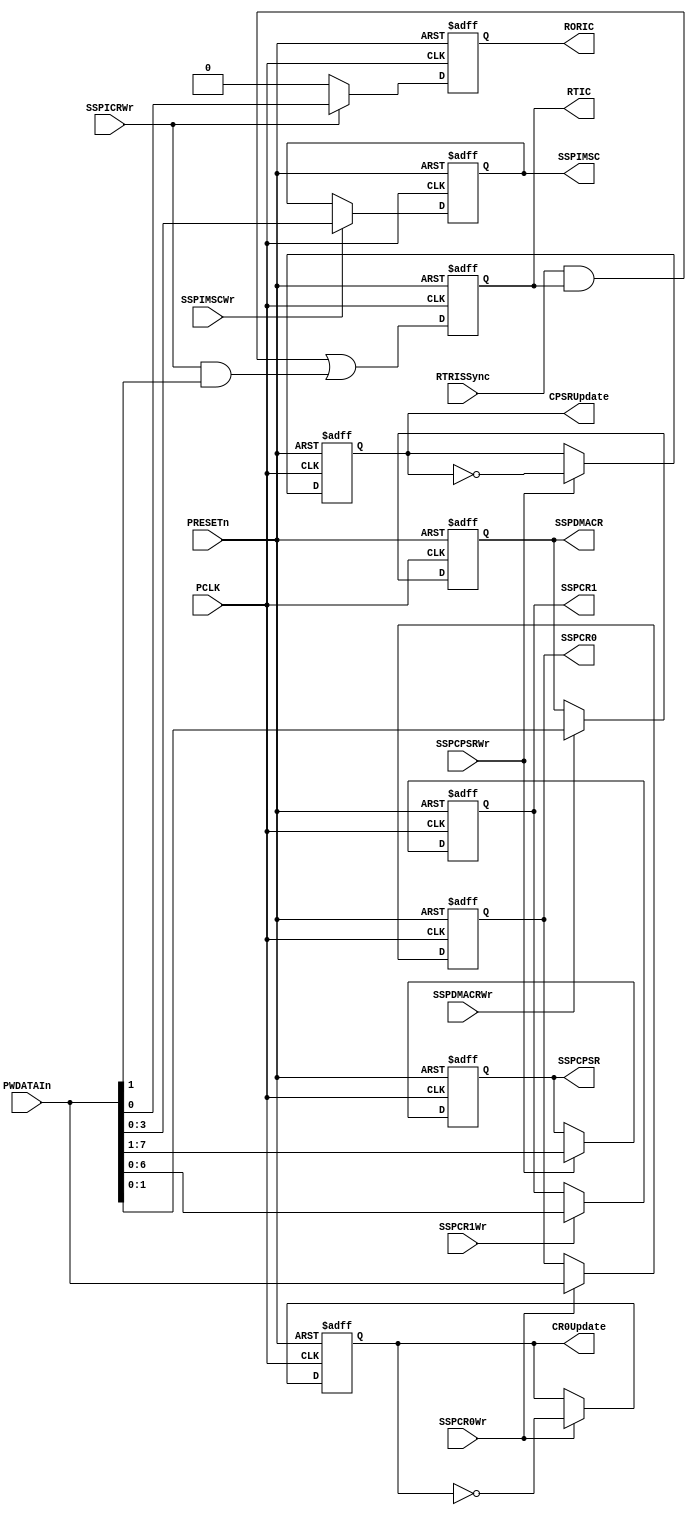
//-----------------------------------------------------------------------------
// The confidential and proprietary information contained in this file may
// only be used by a person authorised under and to the extent permitted
// by a subsisting licensing agreement from ARM Limited.
//
//            (C) COPYRIGHT 2007-2008 ARM Limited.
//                ALL RIGHTS RESERVED
//
// This entire notice must be reproduced on all copies of this file
// and copies of this file may only be made by a person if such person is
// permitted to do so under the terms of a subsisting license agreement
// from ARM Limited.
//  ----------------------------------------------------------------------------
//
//  Version and Release Control Information:
//
//  File Revision          : 20351
//
//  Release Information    : r1p3-00rel1
//
// -----------------------------------------------------------------------------

// -----------------------------------------------------------------------------

// Purpose      : This block contains the normal mode registers in the SSP

// --=========================================================================--

`timescale 1ns/1ps

//  ----------------------------------------------------------------------------

module SspRegCore (
// Inputs
                   PCLK,
                   PRESETn,
                   PWDATAIn,
                   SSPCR0Wr,
                   SSPCR1Wr,
                   SSPCPSRWr,
                   SSPIMSCWr,
                   SSPICRWr,
                   SSPDMACRWr,
                   RTRISSync,
// Outputs
                   SSPCR0,
                   SSPCR1,
                   SSPCPSR,
                   SSPIMSC,
                   SSPDMACR,
                   RTIC,
                   RORIC,
                   CR0Update,
                   CPSRUpdate
                  );

// Inputs
input         PCLK;       // APB bus clock
input         PRESETn;    // Muxed reset (from BPRESETn)
input  [15:0] PWDATAIn;   // Int PWDATA
input         SSPCR0Wr;   // Write enable for SSPCR0
input         SSPCR1Wr;   // Write enable for SSPCR1
input         SSPCPSRWr;  // Write enable for SSPCPSR
input         SSPIMSCWr;  // Write enable for SSPIMSC
input         SSPICRWr;   // Write enable for SSPIC
input         SSPDMACRWr; // Write enable for SSPDMACR
input         RTRISSync;  // Rx Time Out Raw Interrupt Status

//Outputs
output [15:0] SSPCR0;     // 1st buffer
output  [6:0] SSPCR1;     // SSPCR1
output  [7:1] SSPCPSR;    // 1st buffer
output  [3:0] SSPIMSC;    // SSPIMSC
output  [1:0] SSPDMACR;   // SSPDMACR
output        RTIC;       // Rx Time Out Interrupt Clear
output        RORIC;      // Rx Over Run Interrupt Clear
output        CR0Update;  // Update trigger
output        CPSRUpdate; // Update trigger
//
// -----------------------------------------------------------------------------
//
//                               SspRegCore
//                               ==========
//
// -----------------------------------------------------------------------------
//
// Overview
// ========
//
// This block contains the normal mode registers in the SSP. The writable
// registers in the normal mode are SSPCR0, SSPCR1, SSPIMSC, SSPDR, SSCPSR
// and SSICR.
// Out of these, writes to SSPDR go to the Transmit FIFO and SSPICR is a virtual
// register. Thus, SSPDR and SSPICR have no storage elements in this block.
// The entire contents of SSPCR0 and SSPCPSR need to be synchronised to the
// SSPCLK domain. These registers contain bit fields that need to remain
// coherent during the synchronisation process. Use of double synchronisation
// does not guarantee this. Hence, a two-buffer synchronisation technique
// is used for synchronisation. The first stage required for this
// technique is implemented in this module. In the case of SSCR1, 4 bits need
// to be synchronised to the SSPCLK domain. These bits are single-bit fields
// and hence double sunchronisation is used to synchronise these bits to the
// SSPCLK domain.
// The first buffer is written to, when the write enable input for the
// corresponding register is asserted.
// -----------------------------------------------------------------------------

// -----------------------------------------------------------------------------
// Register declarations
// -----------------------------------------------------------------------------
reg [15:0] SSPCR0;
// SSPCR0 First stage buffer

reg [15:0] NextSSPCR0;
// D-input of SSPCR0

reg [6:0] SSPCR1;
// SSPCR1 Register

reg [6:0] NextSSPCR1;
// D-input of SSPCR1

reg [7:1] SSPCPSR;
// SSPCPSR First stage buffer

reg [7:1] NextSSPCPSR;
// D-input of SSPCPSR

reg [3:0] SSPIMSC;
// SSPIMSC First stage buffer

reg [3:0] NextSSPIMSC;
// D-input of SSPIMSC

reg [1:0] SSPDMACR;
// SSPDMACR DMA Control Register

reg [1:0] NextSSPDMACR;
// D-input of SSPDMACR

reg       CR0Update;
// Update trigger for SSPCR0

reg       NextCR0Update;
// D-input of CR0Update

reg       CPSRUpdate;
// Update trigger for SSPCPSR

reg       NextCPSRUpdate;
// D-input of CPSRUpdate

reg RTIC;
// Recieve Time Out Interrupt Clear register

wire NextRTIC;
// D-input of Recieve Time Out Interrupt Clear register

reg RORIC;
// Recieve Over Run Interrupt Clear register

reg NextRORIC;
// D-input of Recieve Over Run  Interrupt Clear register

// -----------------------------------------------------------------------------
//
// Main body of code
// =================
//
// -----------------------------------------------------------------------------

// -----------------------------------------------------------------------------
// Clocked process for the registers in this block.
// -----------------------------------------------------------------------------
always @(posedge PCLK or negedge PRESETn)
begin : p_SeqSSE
  if (PRESETn == 1'b0)
    begin
      SSPCR0   <= 16'h0000;
      SSPCR1   <= 7'b0000000;
      SSPCPSR  <= 7'b0000000;
      SSPIMSC  <= 4'b0000;
      SSPDMACR <= 2'b00;
    end
  else
    begin
      SSPCR1   <= NextSSPCR1;
      SSPCR0   <= NextSSPCR0;
      SSPCPSR  <= NextSSPCPSR;
      SSPIMSC  <= NextSSPIMSC;
      SSPDMACR <= NextSSPDMACR;
    end
end // p_SeqSSE

// -----------------------------------------------------------------------------
// Write interface for DMA Control Register
// -----------------------------------------------------------------------------

always@(SSPDMACRWr or SSPDMACR or PWDATAIn)
begin : p_SSPDMACRComb
  if (SSPDMACRWr == 1'b1)
    NextSSPDMACR = PWDATAIn[1:0];
  else
    NextSSPDMACR = SSPDMACR;
end // p_SSPDMACRComb

// -----------------------------------------------------------------------------
// Write interface for First stage buffer
// Write into the First stage buffers from the Data bus when the corresponding
// write enable signal is asserted.
// -----------------------------------------------------------------------------
always @(SSPCR0 or SSPCR1 or SSPCPSR or SSPIMSC or SSPCR0Wr or SSPCR1Wr or
         SSPCPSRWr or SSPIMSCWr or PWDATAIn)
begin : p_RegComb
  NextSSPCR0  = SSPCR0;
  NextSSPCR1  = SSPCR1;
  NextSSPCPSR = SSPCPSR;
  NextSSPIMSC = SSPIMSC;

  if (SSPCR0Wr == 1'b1)
    NextSSPCR0 = PWDATAIn;

  if (SSPCR1Wr == 1'b1)
    NextSSPCR1 = PWDATAIn[6:0];

  if (SSPCPSRWr == 1'b1)
    NextSSPCPSR = PWDATAIn[7:1];

  if (SSPIMSCWr == 1'b1)
    NextSSPIMSC = PWDATAIn[3:0];
end // p_RegComb

// -----------------------------------------------------------------------------
// The CR0Update signal toggles with every write to the SSPCR0 register
// -----------------------------------------------------------------------------
always @(CR0Update or SSPCR0Wr)
begin : p_UpdtCR0Comb
  NextCR0Update = CR0Update;
  if (SSPCR0Wr == 1'b1)
    NextCR0Update = ~(CR0Update);
end // p_UpdtCR0Comb

// -----------------------------------------------------------------------------
// Sequential process for CR0Update
// -----------------------------------------------------------------------------
always @(posedge PCLK or negedge PRESETn)
begin : p_UpdtCR0Seq
  if (PRESETn == 1'b0)
    CR0Update <= 1'b0;
  else
    CR0Update <= NextCR0Update;
end // p_UpdtCR0Seq

// -----------------------------------------------------------------------------
// The CPSRUpdate signal toggles with every write to the SSPCPSR register
// -----------------------------------------------------------------------------
always @ (CPSRUpdate or SSPCPSRWr)
begin : p_UpdtCPSRComb
  NextCPSRUpdate = CPSRUpdate;
  if (SSPCPSRWr == 1'b1)
    NextCPSRUpdate = ~(CPSRUpdate);
end // p_UpdtCPSRComb

// -----------------------------------------------------------------------------
// Sequential process for iCPSRUpdate
// -----------------------------------------------------------------------------
always @(posedge PCLK or negedge PRESETn)
begin : p_UpdtCPSRSeq
  if (PRESETn == 1'b0)
    CPSRUpdate <= 1'b0;
  else
    CPSRUpdate <= NextCPSRUpdate;
end // p_UpdtCPSRSeq

// ------------------------------------------------------------------
// RORIC : Receive Over Run Timeout
// ------------------------------------------------------------------

always@(SSPICRWr or RORIC or PWDATAIn)
begin : p_RORICComb
  NextRORIC   = RORIC;

  if(SSPICRWr == 1'b1)
    NextRORIC = PWDATAIn[0];
  else
    NextRORIC = 1'b0;
end // p_RORICComb

always@(posedge PCLK or negedge PRESETn)
  begin : p_RORICSeq
    if (PRESETn == 1'b0)
      RORIC <= 1'b0;
    else
      RORIC <= NextRORIC;
  end // p_RORICSeq


// ---------------------------------------------------------------------
// -- RTIC : Receive Timeout
// ---------------------------------------------------------------------

assign NextRTIC = ((RTRISSync & RTIC) | (SSPICRWr & PWDATAIn[1]));

 always@(posedge PCLK or negedge PRESETn)
  begin : p_RTICSeq
    if(PRESETn == 1'b0)
      RTIC <= 1'b0;
    else
      RTIC <= NextRTIC;
  end // p_RTICSeq

endmodule

// --============================ End ========================================--